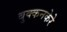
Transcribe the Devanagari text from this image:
बुक्कनकेरे